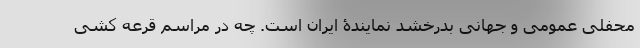
محفلی عمومی و جهانی بدرخشد نمایندۀ ایران است. چه در مراسم قرعه کشی